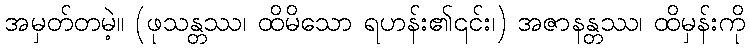
အမှတ်တမဲ့။ (ဖုသန္တဿ၊ ထိမိသော ရဟန်း၏၎င်း၊) အဇာနန္တဿ၊ ထိမှန်းကို